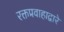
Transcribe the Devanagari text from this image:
रक्तप्रवाहाद्वारे